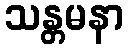
သန္တမနာ